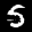
Label: 5